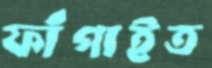
ফাঁপাইত